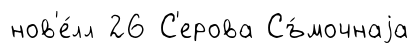
нов'е́лл 26 С'ерова Съ́мочнаjа